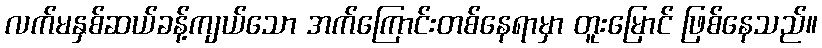
လက်မနှစ်ဆယ်ခန့်ကျယ်သော အက်ကြောင်းတစ်နေရာမှာ တူးမြောင် ဖြစ်နေသည်။